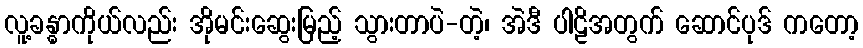
လူ့ခန္ဓာကိုယ်လည်း အိုမင်းဆွေးမြည့် သွားတာပဲ-တဲ့၊ အဲဒီ ပါဠိအတွက် ဆောင်ပုဒ် ကတော့